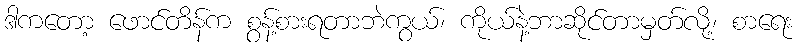
ဒါကတော့ ဖောင်တိန်က စွန့်စားရတာဘဲကွယ်၊ ကိုယ်နဲ့ဘာဆိုင်တာမှတ်လို့၊ စာရေး